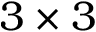
3 \times 3